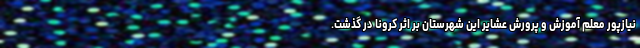
نیازپور معلم آموزش و پرورش عشایر این شهرستان بر اثر کرونا در گذشت.